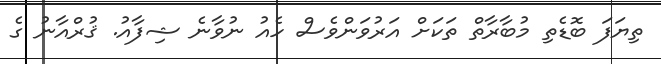
ތިޔަފަ ބޮޑެތި މުބާރާތް ތަކަށް އަރުވަންވެސް ހެއު ނުވާނެ ޝިފާއު. ޤުރްއާނު ގެ